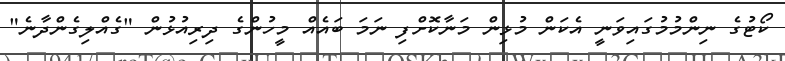
ކޯޓުގެ ނިންމުމުގައިވަނީ އެކަން މުޅިން މަނާކޮށްފި ނަމަ ބައެއް މީހުންގެ ދިރިއުޅުން "ގެއްލިގެންދާނެ"